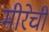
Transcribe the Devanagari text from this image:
मीरेची